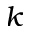
k